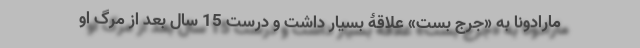
مارادونا به «جرج بست» علاقۀ بسیار داشت و درست 15 سال بعد از مرگ او